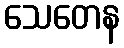
သေတေန